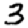
Digit: 3